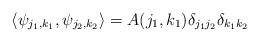
LaTeX: \begin{align*}\left\langle \psi_{j_1,k_1}, \psi_{j_2,k_2} \right\rangle = A(j_1,k_1) \delta_{j_1j_2} \delta_{k_1k_2}\end{align*}